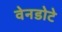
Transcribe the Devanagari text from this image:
वेनडोटे